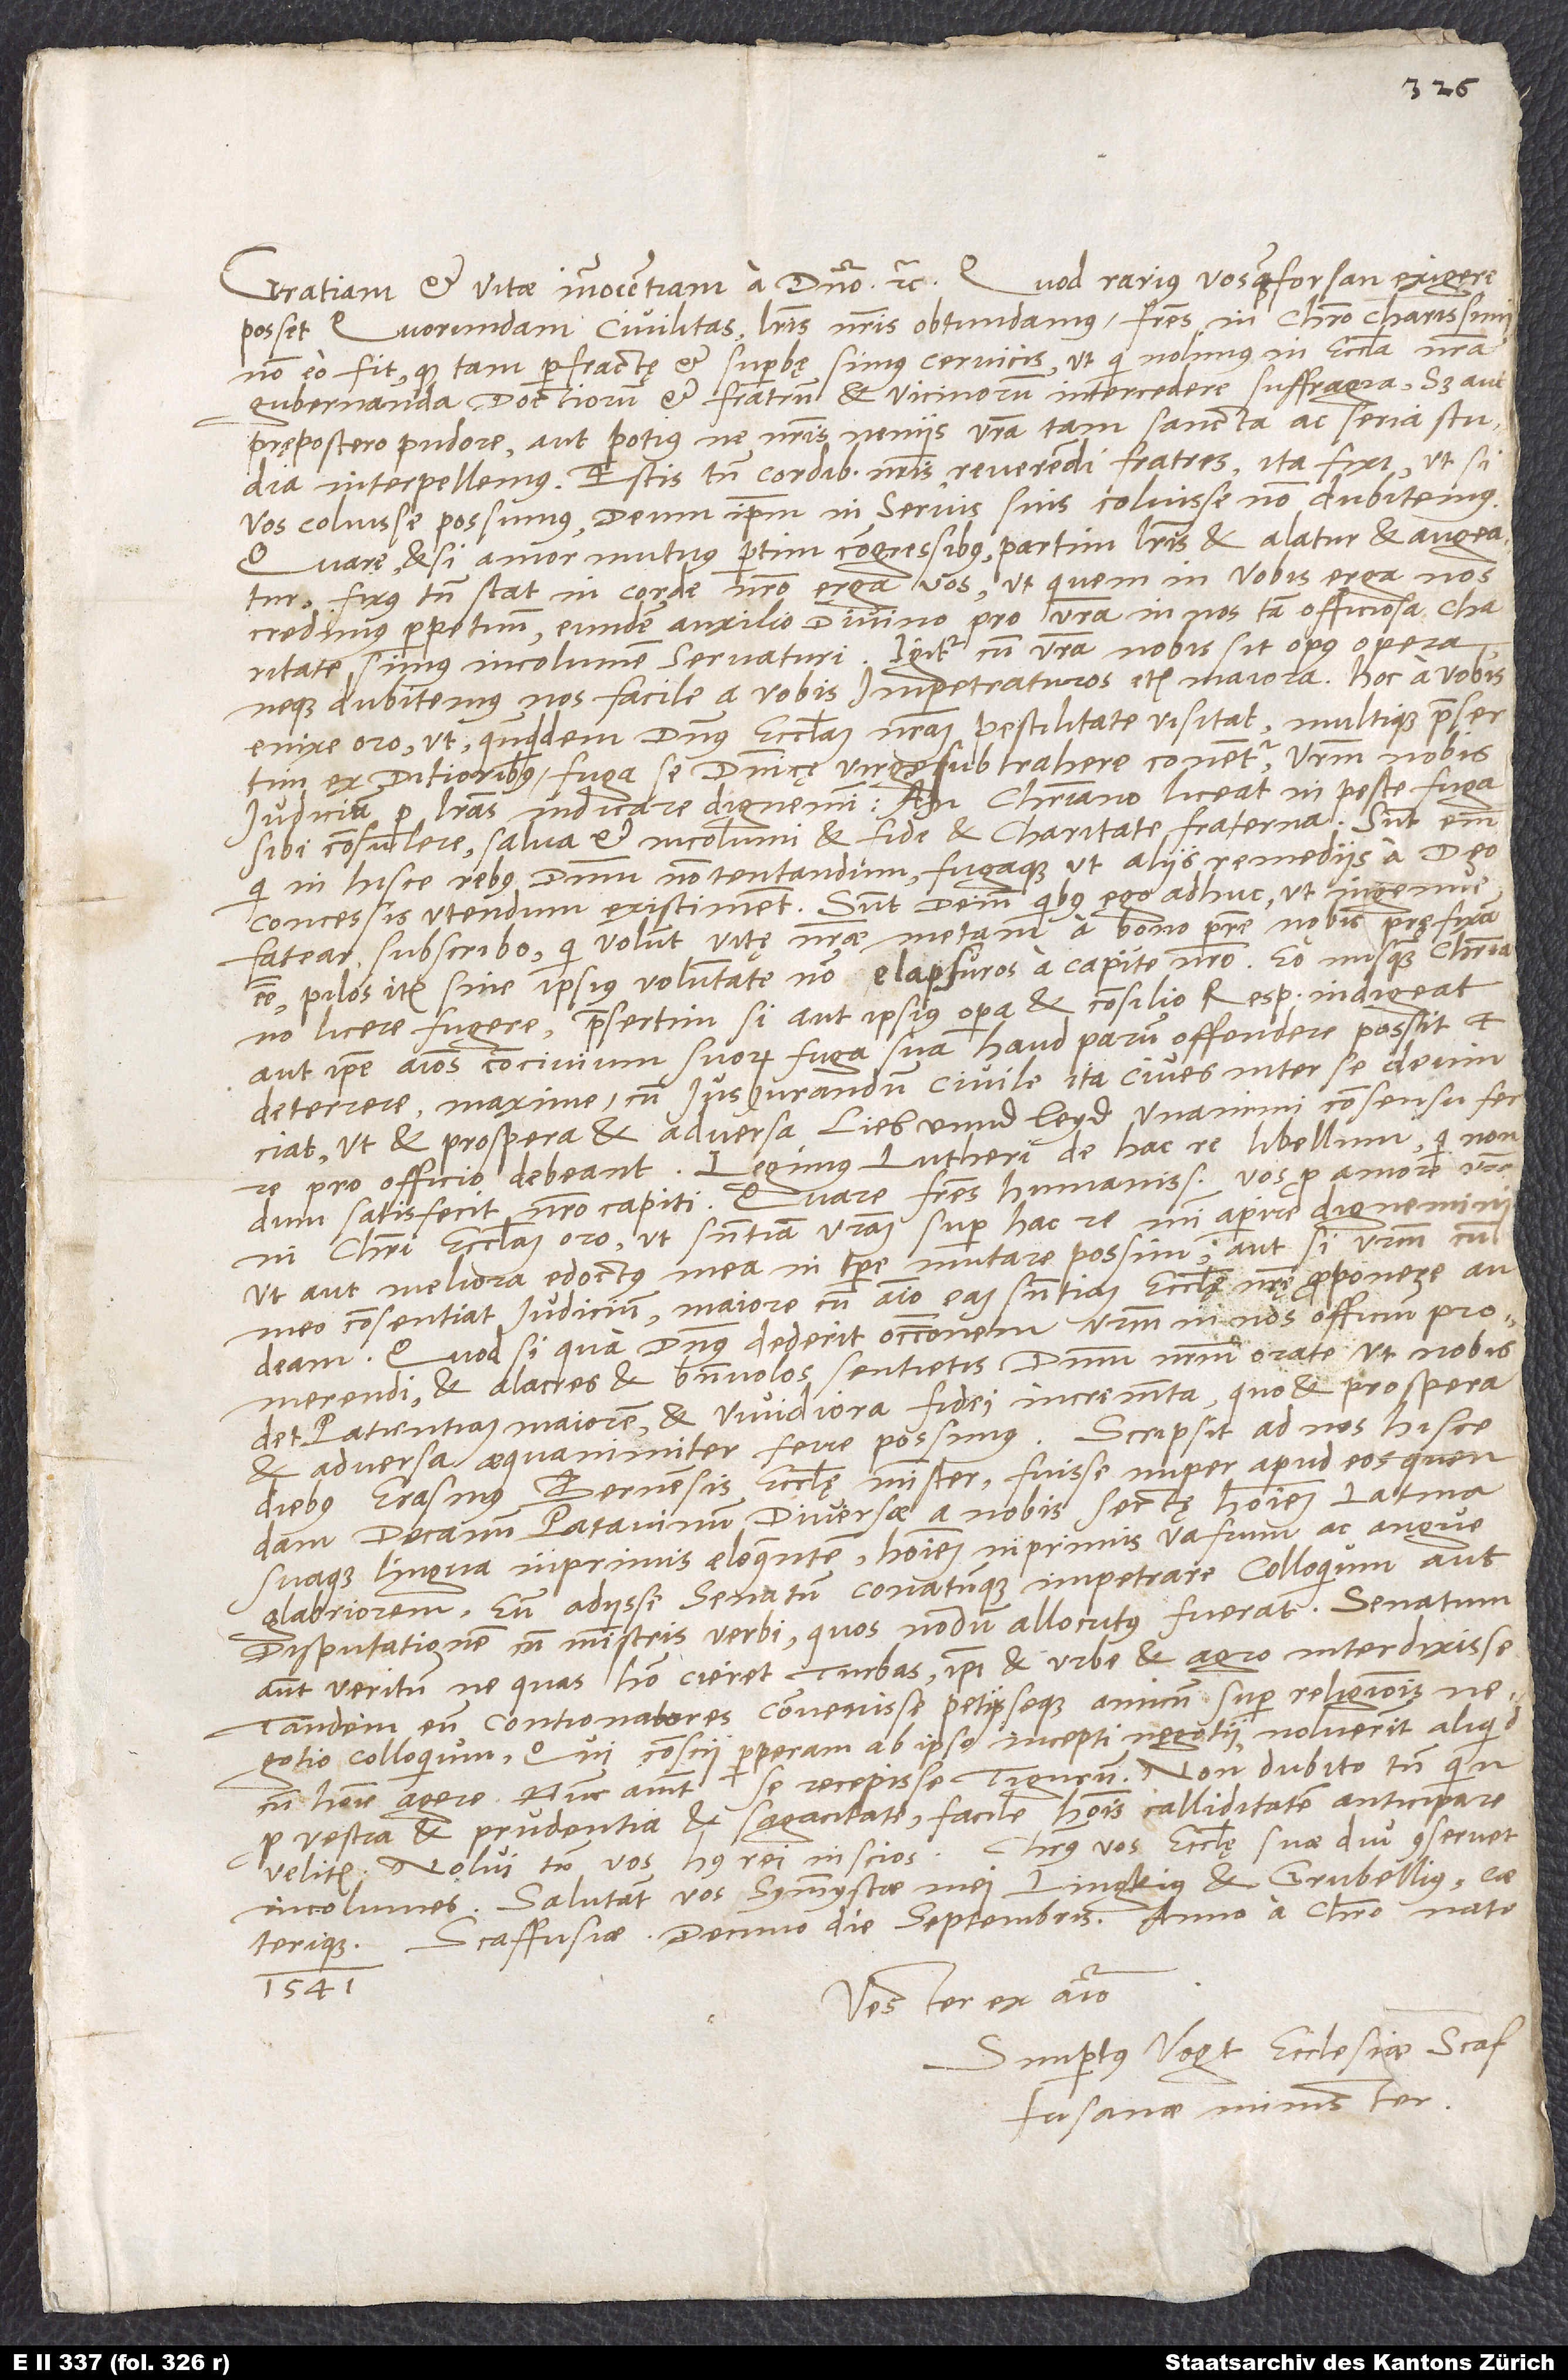
Gratiam et vitae innocentiam a domino etc. Quod rarius vos, quam forsan exigere
posset quorundam civilitas, literis nostris obtundamus, fratres in Christo charissimi,
non eo fit, quod tam praefractę et superbę simus cervicis, ut qui nolimus in ecclesia nostra
gubernanda doctiorum et fratrum et vicinorum intercedere suffragia, sed aut
prępostero pudore aut potius, ne nostris neniis vestra tam sancta ac seria studia
interpellemus. Estis tamen cordibus nostris, reverendi fratres, ita fixi, ut, si
vos coluisse possimus, deum ipsum in servis suis coluisse non dubitemus.
Quare, etsi amor mutuus partim congressibus, partim literis et alatur et augeatur,
fixus tamen stat in corde nostro erga vos, ut, quem in vobis erga nos
credimus perpetuum, eundem auxilio divino pro vestra in nos tam officiosa charitate
simus incolumem servaturi. Igitur cum vestra nobis sit opus opera
neque dubitemus nos facile a vobis impetraturos etiam maiora, hoc a vobis
enixe oro, ut, quandoquidem dominus ecclesiam nostram pestilitate visitat multique praesertim
ex ditioribus fuga se dominicę virgę subtrahere conentur, vestrum nobis
iudicium per literas indicare dignemini, an christiano liceat in peste fuga
sibi consulere salva et incolumi et fide et charitate fraterna. Sunt enim,
qui in hisce rebus dominum non tentandum fugaque ut aliis remediis a deo
concessis utendum existiment. Sunt deinde, quibus ego adhuc, ut ingenue
fatear, subscribo, qui volunt vitę nostrae metam a bono patre nobis pręfixam
esse, pilos item sine ipsius voluntate non elapsuros a capite nostro; eo nusquam christiano
licere fugere, praesertim si aut ipsius opera et consilio respublica indigeat
aut ipse animos concivium suorum fuga sua haud parum offendere possit et
deterrere, maxime cum iusiurandum civile ita cives inter se devinciat,
ut et prospera et adversa, lieb unnd leyd, unanimi consensu ferre
pro officio debeant. Legimus Lutheri de hac re libellum, qui nondum
satisfecit nostro capiti. Quare, fratres humanissimi, vos pro amore vestro
in Christi ecclesiam oro, ut sententiam vestram super hac re mihi aperire dignemini,
ut aut meliora edoctus mea in tempore mutare possim aut, si vestrum cum
meo consentiat iudicium, maiore cum animo eam sententiam ecclesię nostrę proponere audeam.
Quodsi qua dominus dederit occasionem vestrum in nos officium promerendi,
et alacres et benevolos sentietis. Dominum nostrum orate, ut nobis
det patientiam maiorem et vividiora fidei incrementa, quo et prospera
et adversa aequanimiter ferre possimus. Scripsit ad me hisce
diebus Erasmus, Bernensis ecclesię minister, fuisse nuper apud eos quendam
decanum Patavinum diversae a nobis sectę hominem Latina
suaque lingua inprimis eloquentem, hominem inprimis vafrum ac angue
glabriorem. Eum adiisse senatum conatumque impetrare colloquium aut
disputationem cum ministris verbi, quos nondum allocutus fuerat. Senatum
autem veritum, ne quas homo cieret turbas, ipsi et urbe et agro interdixisse.
Tandem eum contionatores convenisse petiisseque amicum super religionis
negotio colloquium. Qui conscii perperam ab ipso incepti negotii noluerint aliquid
cum homine agere. Hunc aiunt se recepisse Tigurum. Non dubito tamen, quin
pro vestra et prudentia et sagacitate facile hominis calliditatem anticipare
Christus vos ecclesię suae diu conservet
velitis. Nolui tamen vos huius rei inscios.
incolumes. Salutant vos symmystae mei Lingkius et Grubellius
Scaffusiae, decimo die septembris anno a Christo nato
caeterique.
1541.
Vester ex animo
Simpertus Vogt, ecclesiae Scaffusanae